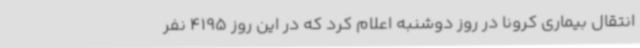
انتقال بیماری کرونا در روز دوشنبه اعلام کرد که در این روز 4195 نفر